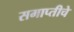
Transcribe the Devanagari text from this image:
समाप्तीचे